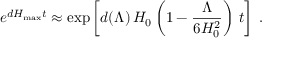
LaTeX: e ^ { d H _ { \mathrm { m a x } } t } \approx \exp \left[ d ( \Lambda ) \, H _ { 0 } \left( 1 - { \frac { \Lambda } { 6 H _ { 0 } ^ { 2 } } } \right) \, t \right] \ .